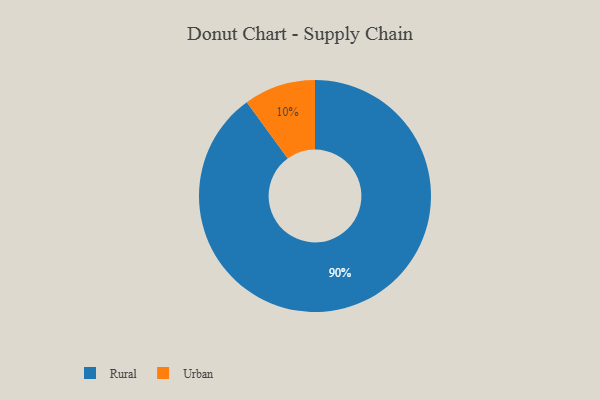
{"axis": {"x": "Category", "y": "Percentage"}, "legend": ["Rural", "Urban"], "data": [{"x": "Rural", "y": 90, "type": "Rural"}, {"x": "Urban", "y": 10, "type": "Urban"}]}